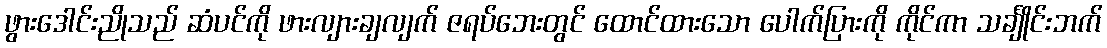
ဖွားဒေါင်းညိုသည် ဆံပင်ကို ဖားလျားချလျက် ဇရပ်ဘေးတွင် ထောင်ထားသော ပေါက်ပြားကို ကိုင်ကာ သင်္ချိုင်းဘက်